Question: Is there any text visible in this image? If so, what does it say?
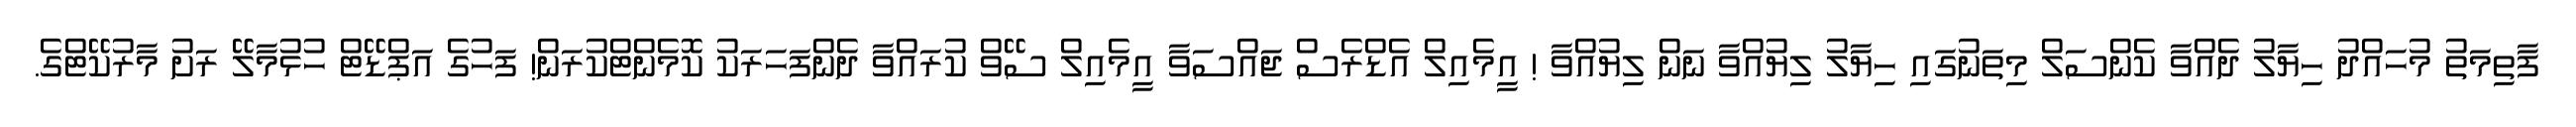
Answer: ފާތިމަތު މުހައްދު ހިޔާލު ދެއްވާ ކެންސަލް މިތަނުގައި ހިޔާލު ލިޔުއްވާ ނަން ލިޔުއްވާ ! އީމެއިލް އެޑްރެސް ޖައްސަވާ އީމެއިލް ސޭވް ކުރައްވާ ދެންފަހަރަކު ކޮމެންޓްކުރަން! ފަހުގެ އަޕްޑޭޓް ހުޅުމާލޭ ރަށު މާރުކޭޓްގެ.